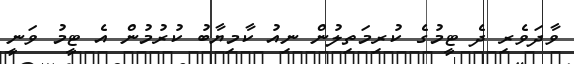
ވާދަވެރި ދެ ޓީމުގެ ކުރިމަތިލުން ނިއު ކާމިޔާބު ކުރުމުން އެ ޓީމު ވަނީ